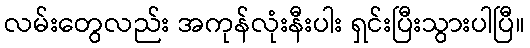
လမ်းတွေလည်း အကုန်လုံးနီးပါး ရှင်းပြီးသွားပါပြီ။